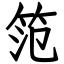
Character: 笵